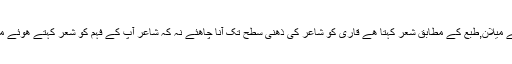
ہر شخص اپنے میلان,طبع کے مطابق شعر کہتا ھے قاری کو شاعر کی ذھنی سطح تک آنا چاھئے نہ کہ شاعر آپ کے فہم کو شعر کہتے ھوئے ملحوظ رکھے۔